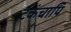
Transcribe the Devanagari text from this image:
टंकंचापि